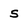
Character: s